Tezpur Lunatic Asylum reports 1877-1894 - 1877-1894
Year: 1877
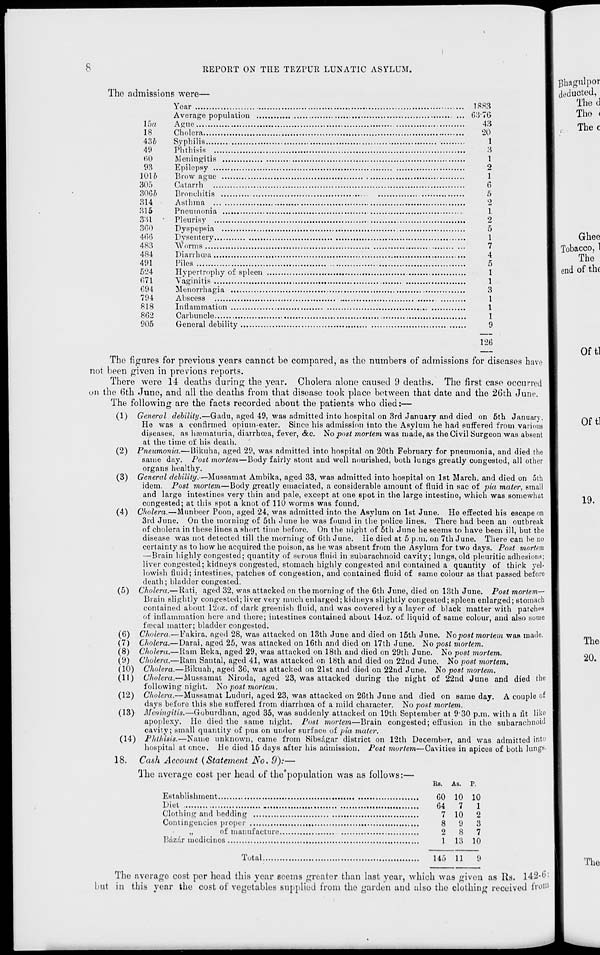
S
REPORT ON THE TEZPUR LUNATIC ASYLUM.
The admissions were—
Year
1883
Average population
... 63*76
15a
Ague
43
18
Cholera
20
436
Syphilis
1
49
Phthisis
3
HO
Meningitis
1
93
Epilepsy
2
101&
Brow ague
1
305
Catarrh'
6
306&
Bronchitis
5
814
Asthma
2
815
Pneumonia
1
381
Pleurisy
2
360
Dyspepsia
5
4(56
Dvsentery
1
483
Worms
7
484
Diarrhoea
4
491
Piles
5
524
Hypertrophy of spleen
1
671
Yaginitis
1
694
Menorrhagia
.
3
794
Abscess
1
818
Inflammation
1
862
Carbuncle
1
905
General debility
9
126
The figures for previous years cannot be compared, as the numbers of admissions for diseases have
not been given in previous reports.
There were 14 deaths during the year. Cholera alone caused 9 deaths. The first case occurred
on the 6th June, and all the deaths from that disease took place between that date and the 26th June.
The following are the facts recorded about the patients who died:—
(1) General debility.—Gadu, aged 49, was admitted into hospital on 3rd January and died on 5th January,
He was a confirmed opium-eater. Since his admission into the Asylum he had suffered from various
diseases, as hannaturia, diarrhoea, fever, &c. Ho post mortem was made, as the Civil Surgeon was absent
at the time of. his death.
(2) Pneumonia.—Bikuha, aged 29, was admitted into hospital on 20th February for pneumonia, and died the
same day. Post mortem—Body fairly stout and well nourished, both lungs greatly congested, all other
organs healthy.
(3) General debility.•—Mussamat Ambika, aged 33, was admitted into hospital on 1st March, and died on 5th
idem. Post mortem—Body greatly emaciated, a considerable amount of fluid in sac of pia mater, small
and large intestines very thin and pale, except at one spot in the large intestine, which was somewhat
congested; at this spot a knot of 110 worms was found.
(4) Cholera.—Munbeer Poon, aged 24, was admitted into the Asylum on 1st June. He effected his escape on
3rd June. On the morning of 5th June he was found in the police lines. There had been an outbreak
of cholera in these lines a short time before. On the night of 5th June he seems to have been ill, but the
disease was not detected till the morning of 6th June, lie died at 5 p.m. on 7th June. There can be no
certainty as to how he acquired the poison, as he was absent from the Asylum for two days. Post mortem
—Brain highly congested; quantity of serous fluid in subaraohnoid cavity; lungs, old pleuritic adhesions;
liver congested; kidneys congested, stomach highly congested and contained a quantity of thick yel-
lowish fluid; intestines, patches of congestion, and contained fluid of same colour as that passed before
death; bladder congested.
(5) Cholera.—Bati, aged 32, was attacked on the morning of the 6th June, died on 13th June. Postmortem-
Brain slightly congested; liver very much enlarged; kidneys slightly congested; spleen enlarged; stomach
contained about 12<>z. of dark greenish fluid, and was covered by a layer of black matter with patches
of inflammation here and there; intestines contained about 14oz. of liquid of same colour, and also some
fascal matter; bladder congested.
(6) Cholera.—Fakira. aged 28, was attacked on 13th June and died on 15th June. No post mortem was made.
(7) Cholera.— Darai, aged 25, was attacked on 16th and died on 17th June. No post mortem.
(8) Cholera.—Bam Reka, aged 29, was attacked on 18th and died on 29th June. No post mortem.
(9) Cholera.—Bam Santal, aged 41, was attacked on 18th and died on 22ud June. No post mortem.
(10) Cholera.—Bikuah, aged 36, was attacked on 21st and died on 22nd June. No post mortem.
(11) Cholera.—Mussamat Niroda, aged 23, was attacked during the night of 22nd June and died the
following night. No p>ost mortem.
(12) Cholera.—Mussamat Ludnri, aged 23, was attacked on 26th June and died on same day. A couple of
days before this she suffered from diarrhoea of a mild character. No post mortem.
(13) Meningitis.—Goburdhan, aged 35, was suddenly attacked on 19th September at 930 p.m. with a lit like
apoplexy. He died the same night. Post mortem—Brain congested; effusion in the subarachnoid
cavity; small quantity of pus on under surface of pia muter.
(14) Phthisis.—Name unknown, came from Sibsagar district on 12th December, and was admitted into
hospital at once. He died 15 days after his admission. Post mortem—Cavities in apices of both lung*-
18. Cash Account (Statement JS T o. 9):—
The average cost per head of depopulation was as follows:
Re. As.
Establishment
Diet
Clothing and bedding
Contingencies proper
„
of manufacture.
Bazar medicines
Total.
60 10 10
64
7
1
7 10
2
8
9
3
2
8
7
1 13 10
145 11
9
Bbagulpor
deducted,
The d
The <
Thee
Ghee
Tobacco, 1
The
end of the
The average cost per head this year seems greater than last year, which was given as Rs. 142-u :
but in this year the cost of vegetables supplied from the garden and also the clothing received from